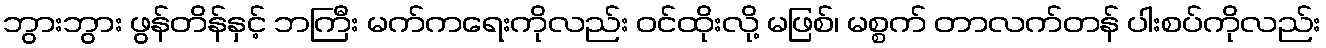
ဘွားဘွား ဖွန်တိန်နှင့် ဘကြီး မက်ကရေးကိုလည်း ဝင်ထိုးလို့ မဖြစ်၊ မစ္စက် တာလက်တန် ပါးစပ်ကိုလည်း